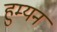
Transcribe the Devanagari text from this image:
हुम्यन